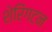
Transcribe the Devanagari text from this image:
शेरिंगटन